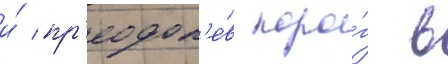
и́ пр'еодол'е́в поро́г в